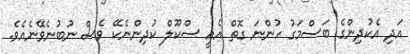
އަދި އެކުދިންގެ ބަސްމަގު ހުންނަ ގޮތް އެއީ ސްކޫލް ކުދިންނެކޭ ވެސް ނުބުނެވޭނެއެވެ.